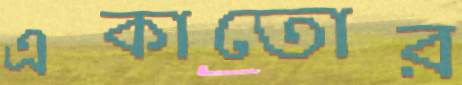
একাতোর